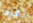
يقبل